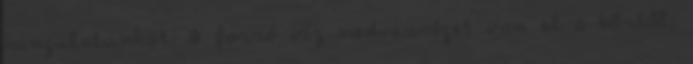
hangulatunkat. A forró víz nedvességet von el a bőrtől,